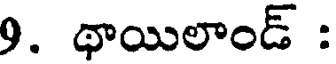
9. థాయిలాండ్ :